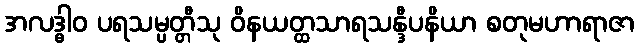
အလဒ္ဓါဝ ပရသမ္ပတ္တီသု ဝိနယတ္ထသာရသန္ဒီပနိယာ စတုမဟာရာဇာ